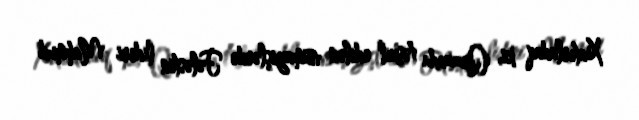
Xatırladaq ki, Qəzzada təşkil edilən nümayişlərdə Fələstin lideri Mahmud